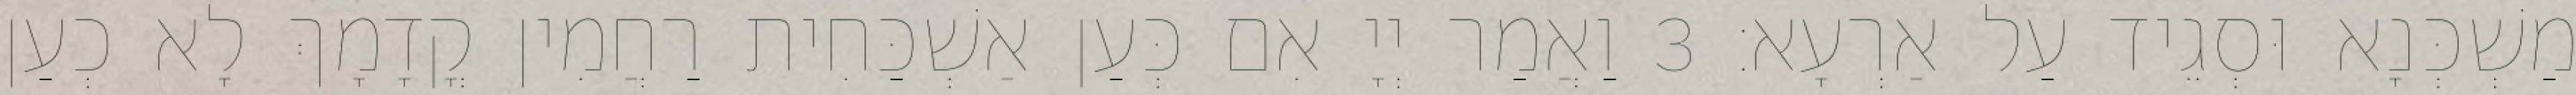
מַשְׁכְּנָא וּסְגֵיד עַל אַרְעָא׃ 3 וַאֲמַר יְיָ אִם כְּעַן אַשְׁכַּחִית רַחֲמִין קֳדָמָךְ לָא כְעַן